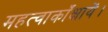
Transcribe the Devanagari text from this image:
महत्वाकाँक्षायें।